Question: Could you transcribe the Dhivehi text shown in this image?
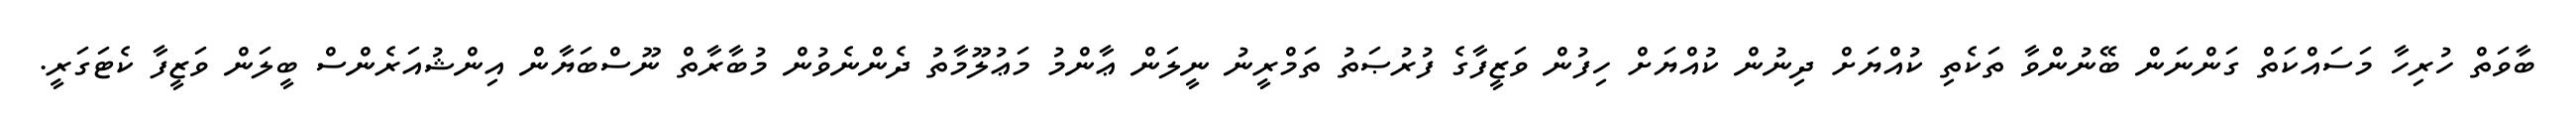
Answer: ބާވަތް ހުރިހާ މަސައްކަތް ގަންނަން ބޭނުންވާ ތަކެތި ކުއްޔަށް ދިނުން ކުއްޔަށް ހިފުން ވަޒީފާގެ ފުރުޞަތު ތަމްރީނު ނީލަން ޢާންމު މަޢުލޫމާތު ދެންނެވުން މުބާރާތް ނޫސްބަޔާން އިންޝުއަރެންސް ބީލަން ވަޒީފާ ކެޓަގަރީ.